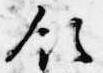
領